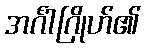
အင်္ဂါဂြိုဟ်၏